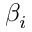
\beta _ { i }